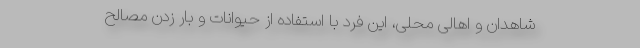
شاهدان و اهالی محلی، این فرد با استفاده از حیوانات و بار زدن مصالح